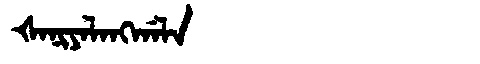
Manchu: ᡧᠠᠨᡳᠶᠠᠯᠠᠩᡤᠠᠯᠠ
Romanization: ŠANIYALANGGALA